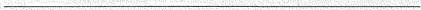
___